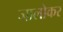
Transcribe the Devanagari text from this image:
जालोकर